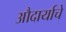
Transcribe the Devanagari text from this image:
औदार्याचे